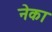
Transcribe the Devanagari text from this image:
नेका